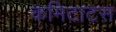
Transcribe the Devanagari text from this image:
कमिटाटस